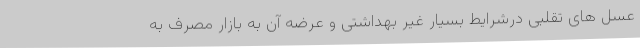
عسل های تقلبی درشرایط بسیار غیر بهداشتی و عرضه آن به بازار مصرف به